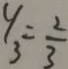
y _ { 3 } = \frac { 2 } { 3 }